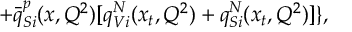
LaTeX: + { \bar { q } } _ { S i } ^ { p } ( x , Q ^ { 2 } ) [ q _ { V i } ^ { N } ( x _ { t } , Q ^ { 2 } ) + q _ { S i } ^ { N } ( x _ { t } , Q ^ { 2 } ) ] \} ,